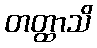
တတ္ထာသိ